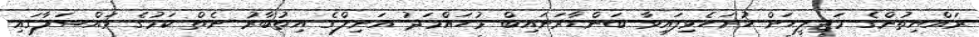
ރައްޔިތުންގެ މަޖިލީހަށް ހުށަހެޅިފައިވާ ބަންޑާރަނައިބް މުހައްމަދު އަނިލްގެ އިތުބާރު ނެތް ކަމުގެ މައްސަލާގައި